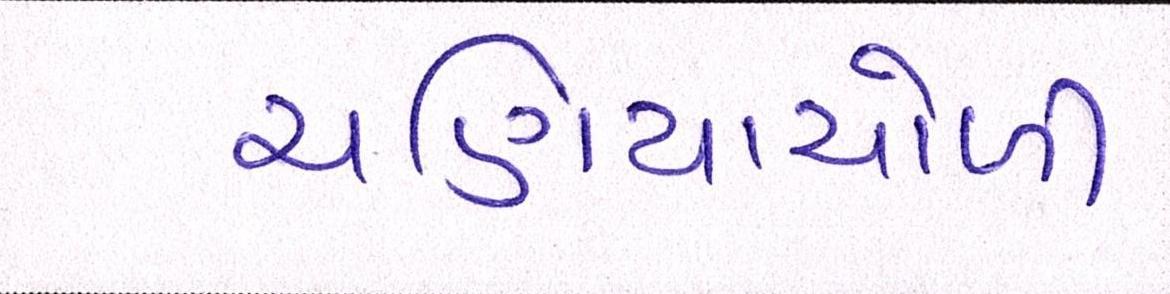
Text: ચણિયાચોળી